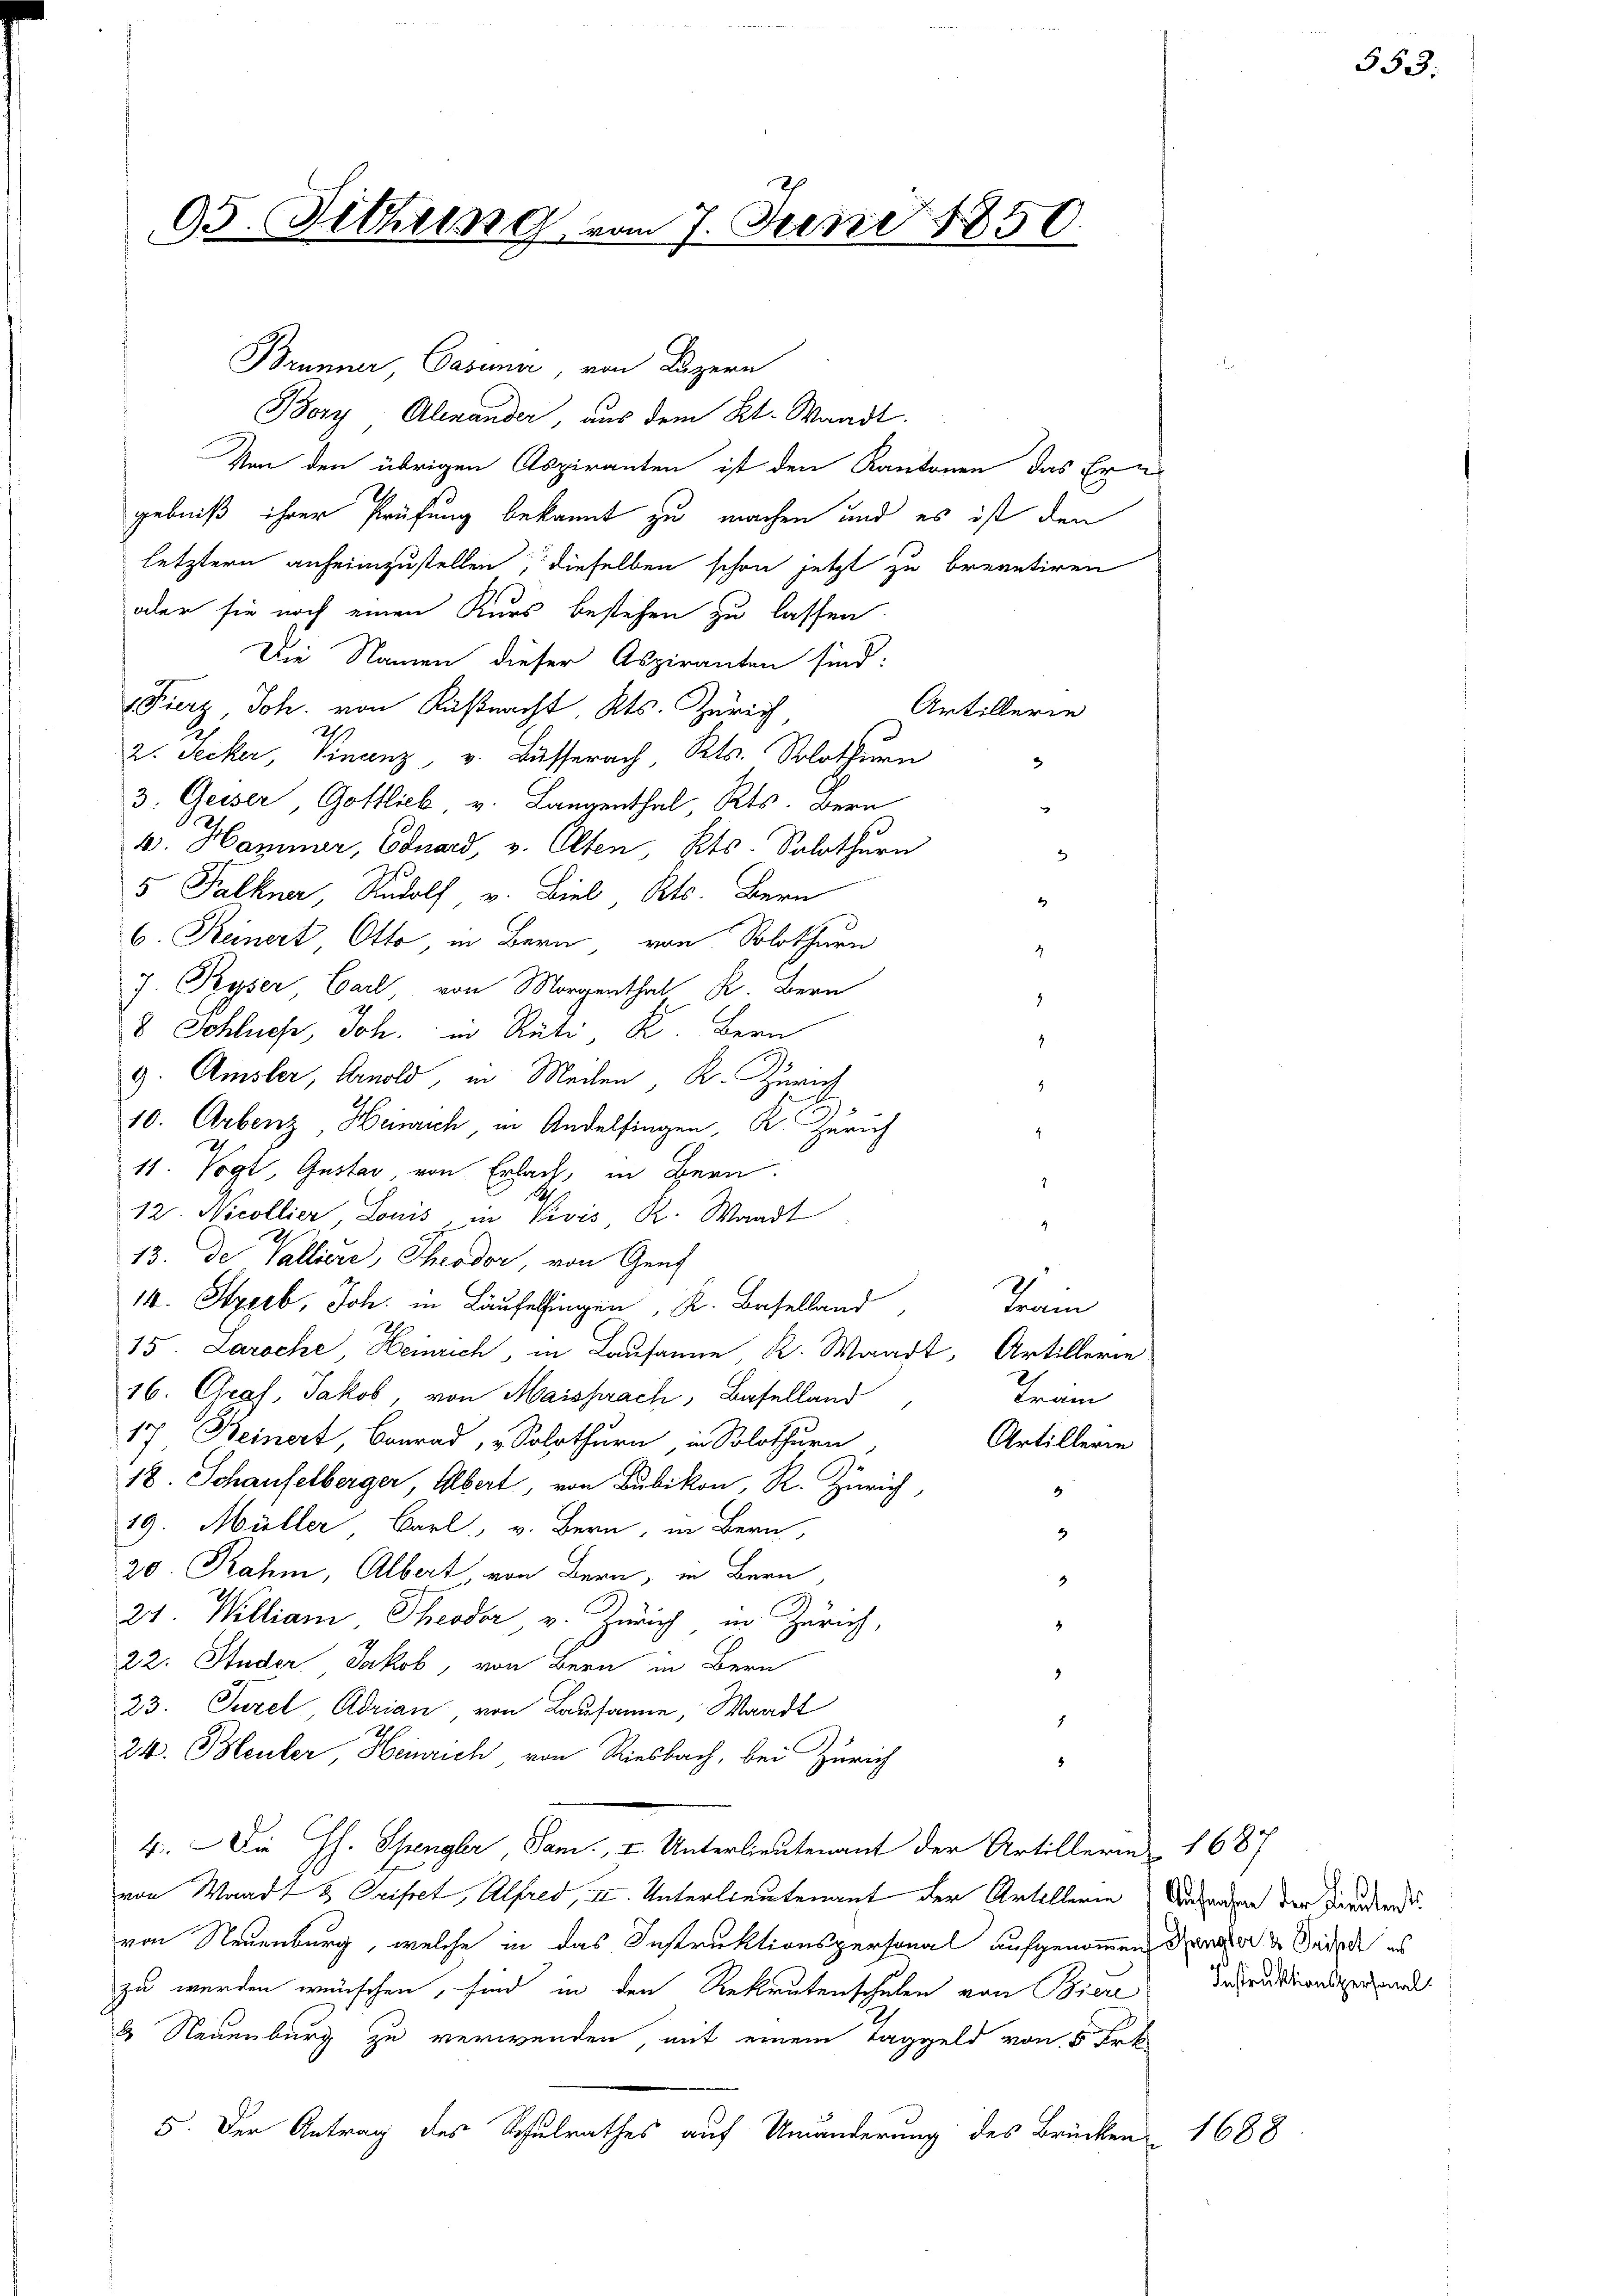
95. Fethung vom 7. Juni 1850.

Brunner, Casina, von Luzern
Bory, Alexander, aus dem Kt. Waadt.
Von den übrigen Aspiranten ist den Kantonen das Ern
gebniß ihrer Prüfung bekannt zu machen und es ist den
letztern anheimzustellen, dieselben schon jetzt zu brevetiren
oder sie noch einen Kurs bestehen zu lassen.
Die Namen dieser Aspiranten sind:
Fierz Joh. von Küßnacht. Kts. Zürich
Artillerie
2
2. Jecker, Finanz, v. Busserach, Kts. Solothurn
3
3. Geiser, Gottlich, v. Langenthal, Kts. Bern
v. Hammer, Eduard, v. Olten, Kts. Solothurn
2
5 Falkner, Rudolf v. Biel Kts. Bern
4
6. Reinert, Otto, in Bern von Solothurn
2
J. Ryser Carl, von Morgenthal K. Bern
.
8 Schluch, Joh. in Rüti K. Bern
4
9. Amsler, Arnold, in Meilen, K. Zürich
.
10. Arbenz Heinrich, in Andelfingen, K. Zürich
11. Vogt, Gustav, von Erlach, in Bern.
12. Nicollier, Louis, in Divis, R. Waadt
4
13. de Vallisie, Theodor, von Genf
14. Streib, Joh. in Laufeingen K. Baselland
Train
15. Laroche, Heinrich, in Lausanne, K. Waadt, Artillerie
16. Chraf, Jakob, von Maisprach, Baselland
Träm
17 Beinert, Conrad, Solothurn, in Solothurn,
Artillerie
18. Schaufelberger, Albert, von Bubikon, R. Zürich,
4
19. Müller Barl. v. Bern, in Bern,
5
20. Rahm, Albert, von Bern, in Bern,
2
21. Williani, Theodor v. Zürich in Zürich,
4
22. Studer, Jakob, von Bern in Bern
9
23. Jurel, Adrian von Lausanne, Waadt
4
24. Bleuler, Heinrich von Riesbach, bei Zürich
8
4. Die H. Spengler, Sam. I. Unterlieutenant der Artillerin 1687
von Waadt & Geistet, Alfred, II. Unterlieutenant der Artillerie
von Neuenburg, welche in das Instruktionspersonal aufgenommen, dener u Badedi es
zu werden wünschen, sind in den Rekrutenschulen von Biere Berationsgewandt
2 Neuenburg zu verwenden, mit einem Taggeld von 5 Frk
5. Der Antrag des Schulrathes auf Umänderung des Brücken

.

Aufnahm der Lieutenst

1688

553: